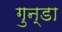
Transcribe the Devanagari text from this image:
गुन्डा